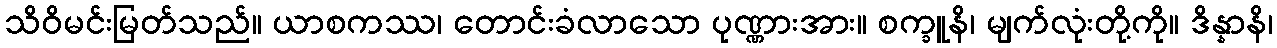
သိဝိမင်းမြတ်သည်။ ယာစကဿ၊ တောင်းခံလာသော ပုဏ္ဏားအား။ စက္ခူနိ၊ မျက်လုံးတို့ကို။ ဒိန္နာနိ၊